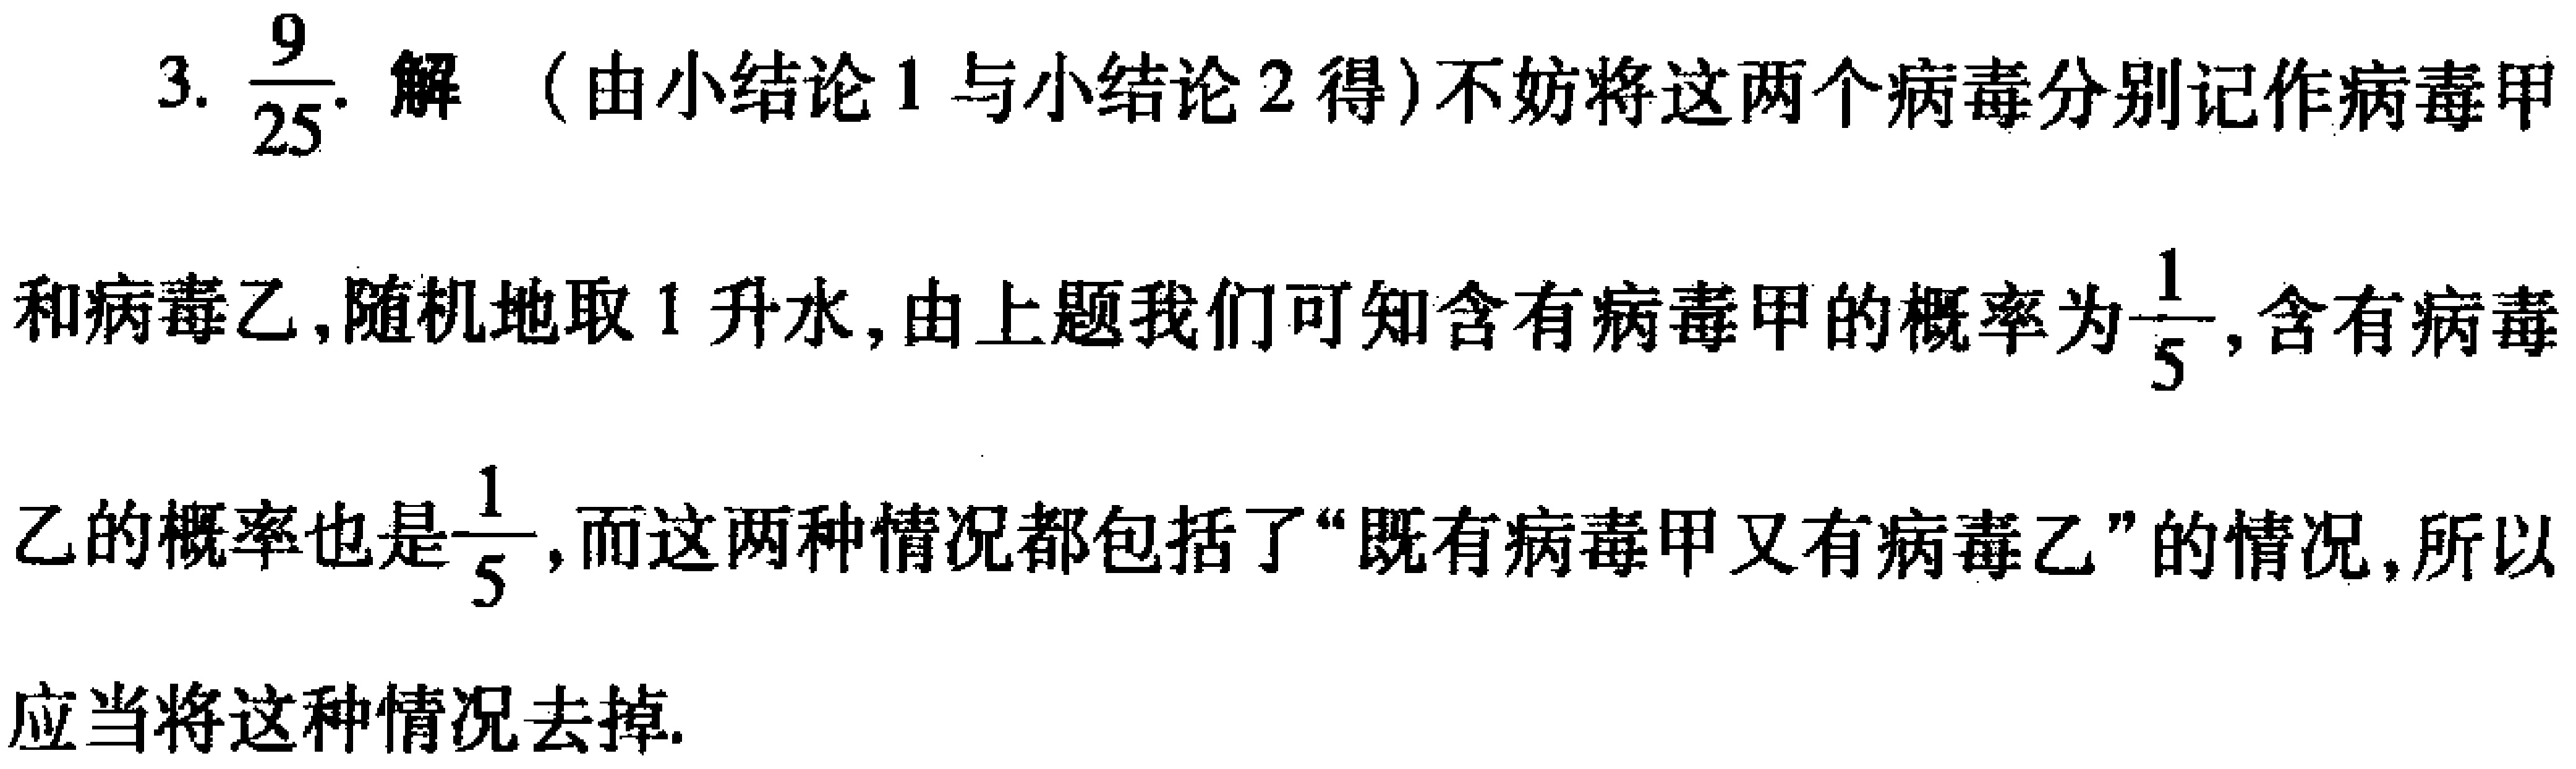
3. $\frac{9}{25}$. 解 （由小结论1与小结论2得）不妨将这两个病毒分别记作病毒甲和病毒乙,随机地取1升水,由上题我们可知含有病毒甲的概率为$\frac{1}{5}$,含有病毒乙的概率也是$\frac{1}{5}$,而这两种情况都包括了“既有病毒甲又有病毒乙”的情况,所以应当将这种情况去掉.